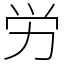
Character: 労